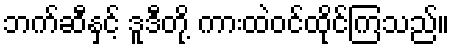
ဘက်ဆီနှင့် ဒူဒီတို့ ကားထဲဝင်ထိုင်ကြသည်။